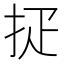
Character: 𢪵